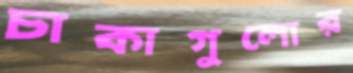
চাকাগুলোর